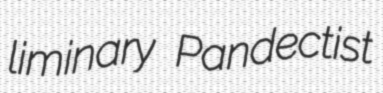
liminary Pandectist